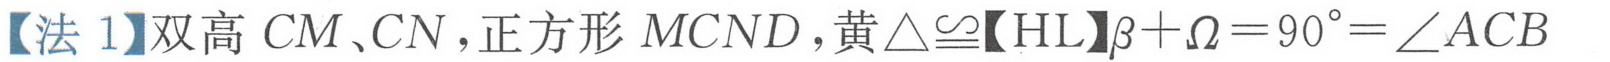
【法 1】双高 \(CM、CN\)，正方形 \(MCND\)，黄\(\triangle\cong\)【HL】\(\beta+\Omega = 90^{\circ}=\angle ACB\)